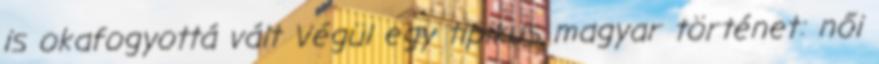
is okafogyottá vált Végül egy tipikus magyar történet: női